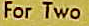
For Two